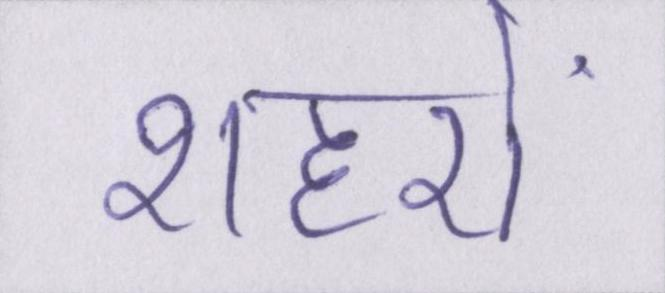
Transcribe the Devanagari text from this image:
शहरों